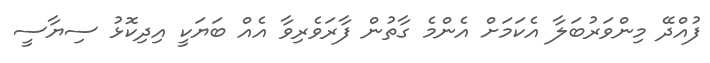
ފުއްދޭ މިންވަރުބަލާ އެކަމަށް އެންމެ ގާތުން ފާރަވެރިވާ އެއް ބަޔަކީ އިދިކޮޅު ސިޔާސީ